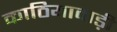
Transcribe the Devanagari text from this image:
काठियावाड़ी